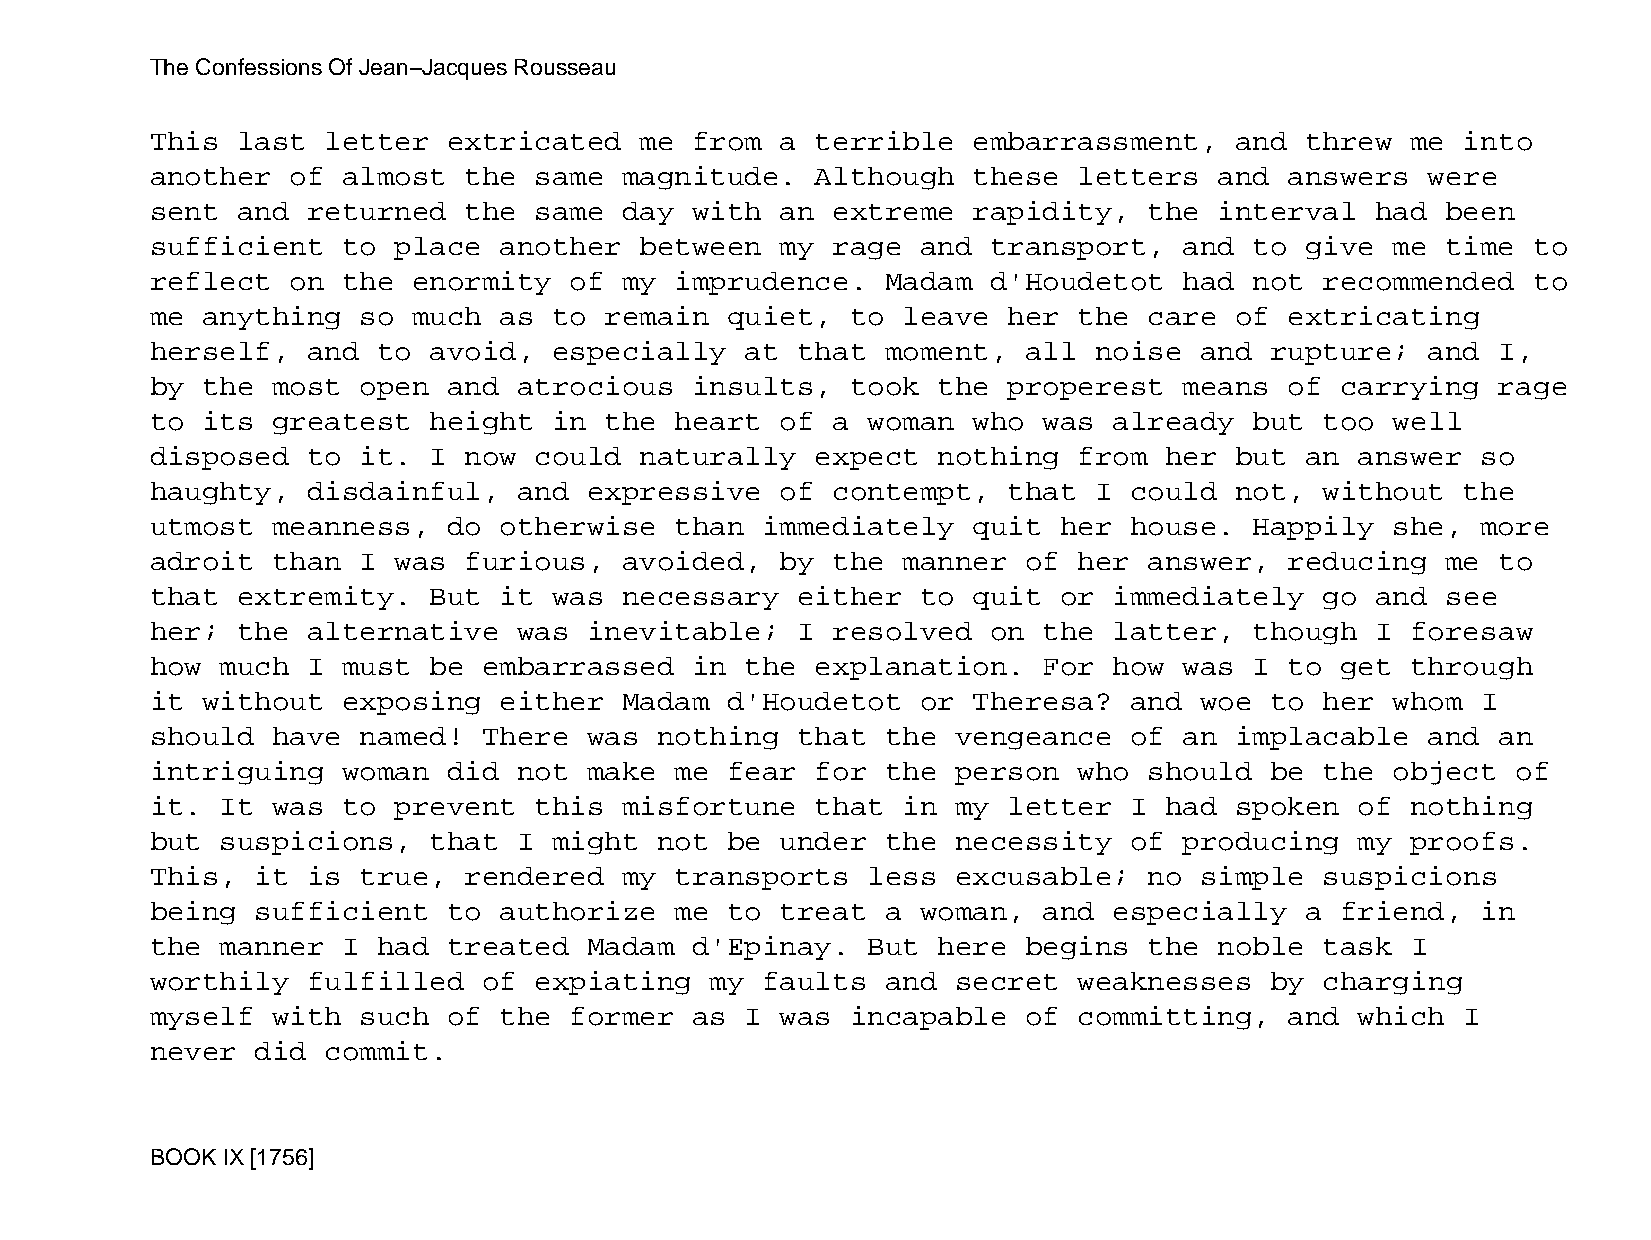
The Confessions Of Jean−Jacques Rousseau
 This  last  letter  extricated  me  from  a terrible  embarrassment,    and threw  me  into
 another  of  almost  the same  magnitude.   Although  these  letters   and answers   were
 sent  and returned   the same  day  with  an extreme  rapidity,   the  interval  had  been
 sufficient   to place  another  between   my rage  and  transport,  and  to give  me  time to
 reflect  on  the enormity   of my  imprudence.   Madam  d'Houdetot  had  not  recommended  to
 me anything   so much  as  to remain  quiet,  to  leave  her the  care  of extricating
 herself,  and  to avoid,   especially  at  that  moment,  all noise  and  rupture;   and I,
 by the  most  open  and atrocious   insults,  took  the  properest  means  of  carrying  rage
 to its  greatest  height   in the  heart  of a woman  who  was  already  but  too well
 disposed  to  it. I  now could  naturally   expect  nothing  from  her  but an  answer  so
 haughty,  disdainful,   and  expressive   of contempt,   that I  could  not,  without  the
 utmost  meanness,   do otherwise   than immediately   quit  her  house.  Happily  she,  more
 adroit  than  I was  furious,  avoided,   by the  manner  of her  answer,  reducing   me to
 that  extremity.  But  it  was necessary   either  to quit  or  immediately   go and  see
 her;  the alternative   was  inevitable;   I resolved   on the  latter,  though  I foresaw
 how  much I  must be  embarrassed   in the  explanation.   For  how was  I to  get through
 it without   exposing  either  Madam  d'Houdetot   or Theresa?   and woe  to  her whom  I
 should  have  named!  There  was  nothing  that  the vengeance   of an  implacable   and an
 intriguing   woman  did not  make  me fear  for  the person  who  should  be  the object  of
 it.  It was  to prevent  this  misfortune   that  in my  letter  I had  spoken  of nothing
 but  suspicions,  that  I  might  not be  under  the necessity   of producing   my proofs.
 This,  it is  true,  rendered  my  transports  less  excusable;   no simple   suspicions
 being  sufficient   to authorize   me to  treat  a woman,  and  especially  a  friend,  in
 the  manner  I had  treated  Madam  d'Epinay.  But  here  begins  the  noble  task I
 worthily  fulfilled   of expiating   my faults   and secret  weaknesses   by  charging
 myself  with  such  of the  former  as I  was incapable   of committing,   and  which  I
 never  did  commit.
 BOOK IX [1756]